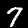
Digit: 7